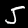
Label: 5